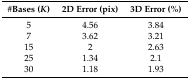
| #Bases (K) | 2D Error (pix) | 3D Error (%) |
 | --- | --- | --- |
 | 5 | 4.56 | 3.84 |
 | 7 | 3.62 | 3.21 |
 | 15 | 2 | 2.63 |
 | 25 | 1.34 | 2.1 |
 | 30 | 1.18 | 1.93 |